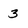
Character: 3